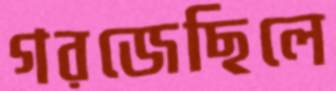
গরজেছিলে